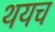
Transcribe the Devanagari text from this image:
थयच